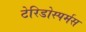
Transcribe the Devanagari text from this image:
टेरिडोस्पर्मस